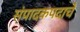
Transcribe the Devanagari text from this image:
संपादकपदाचे